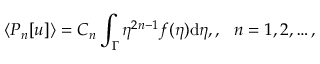
\langle P _ { n } [ u ] \rangle = C _ { n } \int _ { \Gamma } \eta ^ { 2 n - 1 } f ( \eta ) \mathrm { d } \eta , , \ \ n = 1 , 2 , \dots ,